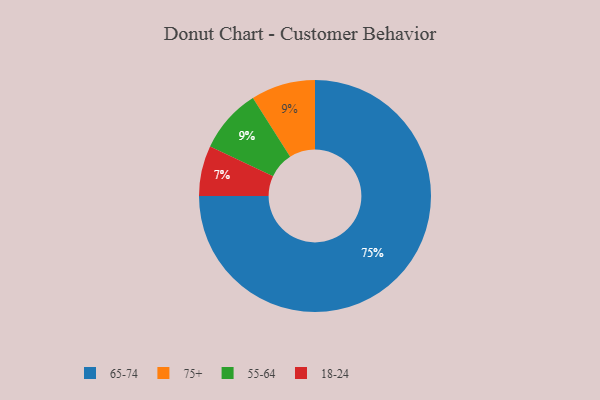
{"axis": {"x": "Category", "y": "Percentage"}, "legend": ["18-24", "55-64", "65-74", "75+"], "data": [{"x": "18-24", "y": 7, "type": "18-24"}, {"x": "65-74", "y": 75, "type": "65-74"}, {"x": "75+", "y": 9, "type": "75+"}, {"x": "55-64", "y": 9, "type": "55-64"}]}